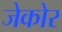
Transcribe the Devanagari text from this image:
जेकोर